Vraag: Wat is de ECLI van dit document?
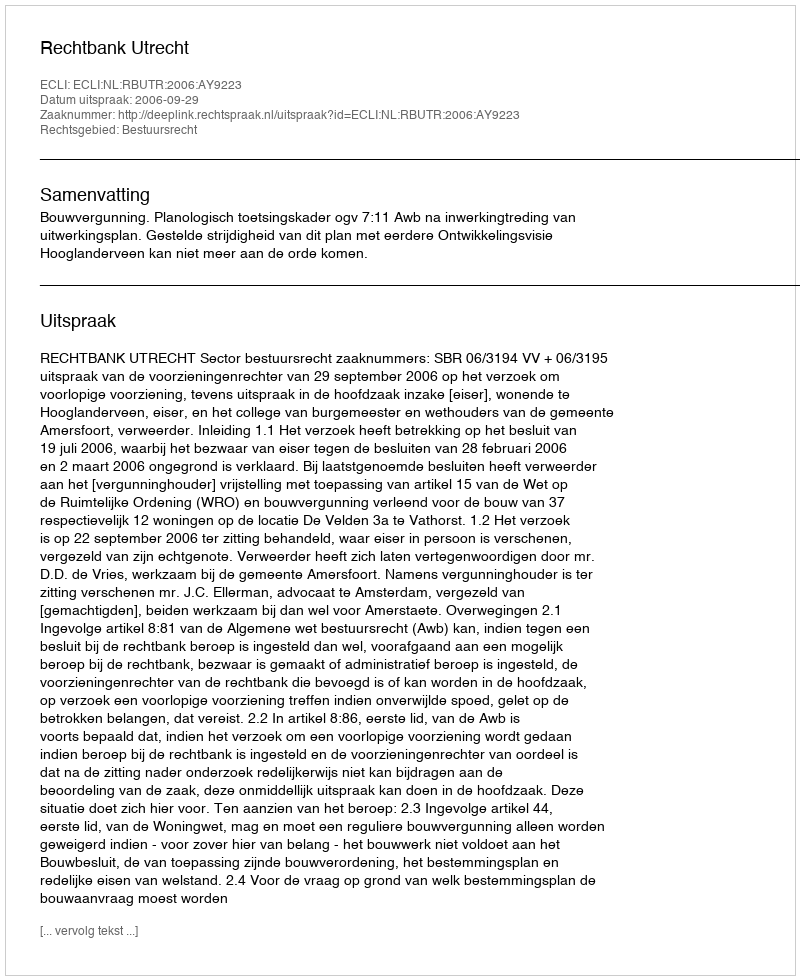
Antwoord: ECLI:NL:RBUTR:2006:AY9223